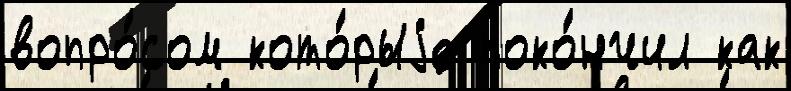
вопро́сом кото́рыjе поко́нчил как